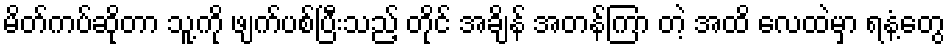
မိတ်ကပ်ဆိုတာ သူ့ကို ဖျက်ပစ်ပြီးသည့် တိုင် အချိန် အတန်ကြာ တဲ့ အထိ လေထဲမှာ ရနံ့တွေ